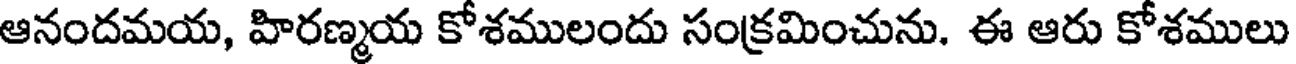
ఆనందమయ, హిరణ్మయ కోశములందు సంక్రమించును. ఈ ఆరు కోశములు